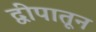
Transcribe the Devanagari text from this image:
द्वीपातून